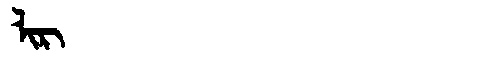
Manchu: ᠯᡳᡵ
Romanization: LIR